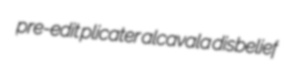
pre-edit plicater alcavala disbelief